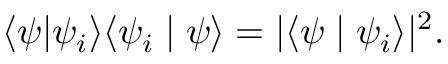
\langle \psi | \psi _ { i } \rangle \langle \psi _ { i } \mid \psi \rangle = | \langle \psi \mid \psi _ { i } \rangle | ^ { 2 } .